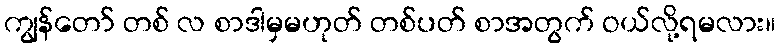
ကျွန်တော် တစ် လ စာဒါမှမဟုတ် တစ်ပတ် စာအတွက် ဝယ်လို့ရမလား။